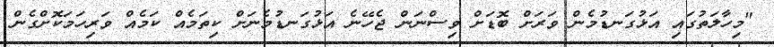
"މިހާލަތުގައި އަޅުގަނޑުމެން ވަރަށް ބޮޑަށް ވިސްނަން ޖެހޭނެ އަޅުގަނޑުމެނަށް ކިތަމެއް ކަމެއް ވަރިހަމަކޮށްގެން